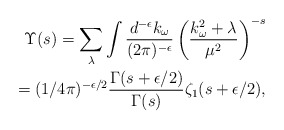
\begin{align*} {\Upsilon}(s) =\sum_{\lambda} \int {d^{-\epsilon} k_{\omega}\over (2\pi)^{-\epsilon}} \left({k_{\omega}^2+\lambda\over \mu^2}\right)^{-s} \\ = (1/4\pi)^{-\epsilon/2}{\Gamma(s+\epsilon/2)\over \Gamma(s)}\zeta_1(s+\epsilon/2),\end{align*}